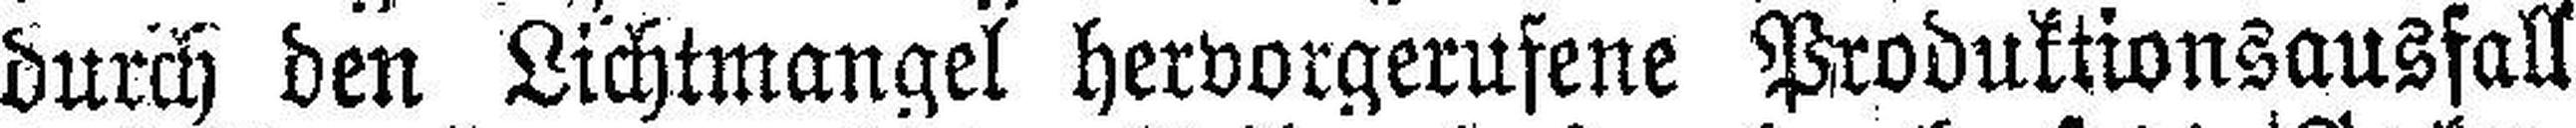
durch den Lichtmangel hervorgerufene Produktionsausfall